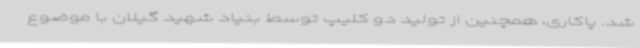
شد. پاکاری، همچنین از تولید دو کلیپ توسط بنیاد شهید گیلان با موضوع